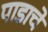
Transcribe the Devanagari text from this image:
पाडाचे